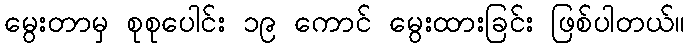
မွေးတာမှ စုစုပေါင်း ၁၉ ကောင် မွေးထားခြင်း ဖြစ်ပါတယ်။